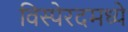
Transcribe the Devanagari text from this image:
विस्पेरदमध्ये